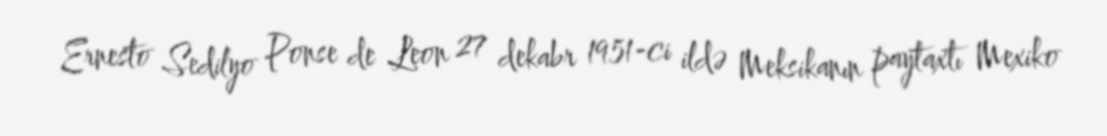
Ernesto Sedilyo Ponse de Leon 27 dekabr 1951-ci ildə Meksikanın paytaxtı Mexiko